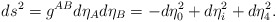
\begin{align*}ds^2 = g^{AB}d\eta_A d\eta_B = -d\eta_0^2 + d\eta_i^2 + d\eta_4^2.\end{align*}